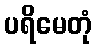
ပရိမေတုံ